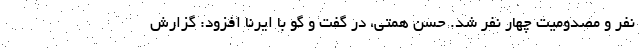
نفر و مصدومیت چهار نفر شد. حسن همتی، در گفت و گو با ایرنا افزود: گزارش